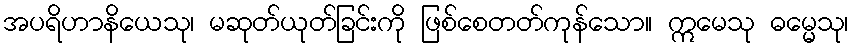
အပရိဟာနိယေသု၊ မဆုတ်ယုတ်ခြင်းကို ဖြစ်စေတတ်ကုန်သော။ ဣမေသု ဓမ္မေသု၊